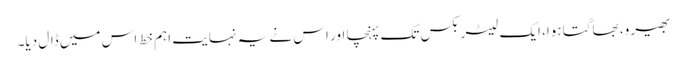
بھیرو، بھاگتا ہوا، ایک لیٹر بکس تک پہنچا اور اس نے یہ نہایت اہم خط اس میں ڈال دیا۔